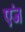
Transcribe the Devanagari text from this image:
एंज